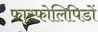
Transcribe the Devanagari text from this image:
फास्फोलिपिडों